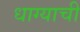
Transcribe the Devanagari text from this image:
धाग्याची